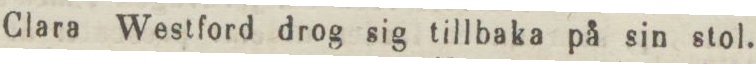
Clara Westford drog sig tillbaka på sin stol.